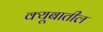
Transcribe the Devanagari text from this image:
क्यूबातील